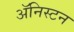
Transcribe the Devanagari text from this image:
अॅनिस्टन